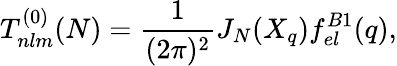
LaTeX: T_{nlm}^{(0)}(N)=\frac{1}{(2\pi)^{2}}J_{N}(X_{q})f_{el}^{B1}(q),